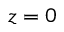
z = 0